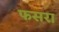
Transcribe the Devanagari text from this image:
फसरा